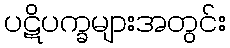
ပဋိပက္ခများအတွင်း